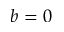
b = 0